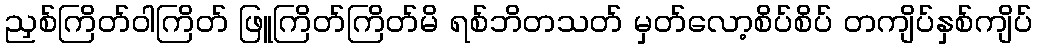
ညှစ်ကြိတ်ဝါကြိတ် ဖြူကြိတ်ကြိတ်မိ ရစ်ဘိတသတ် မှတ်လော့စိပ်စိပ် တကျိပ်နှစ်ကျိပ်